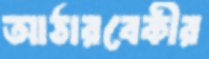
আঠারবেকীর